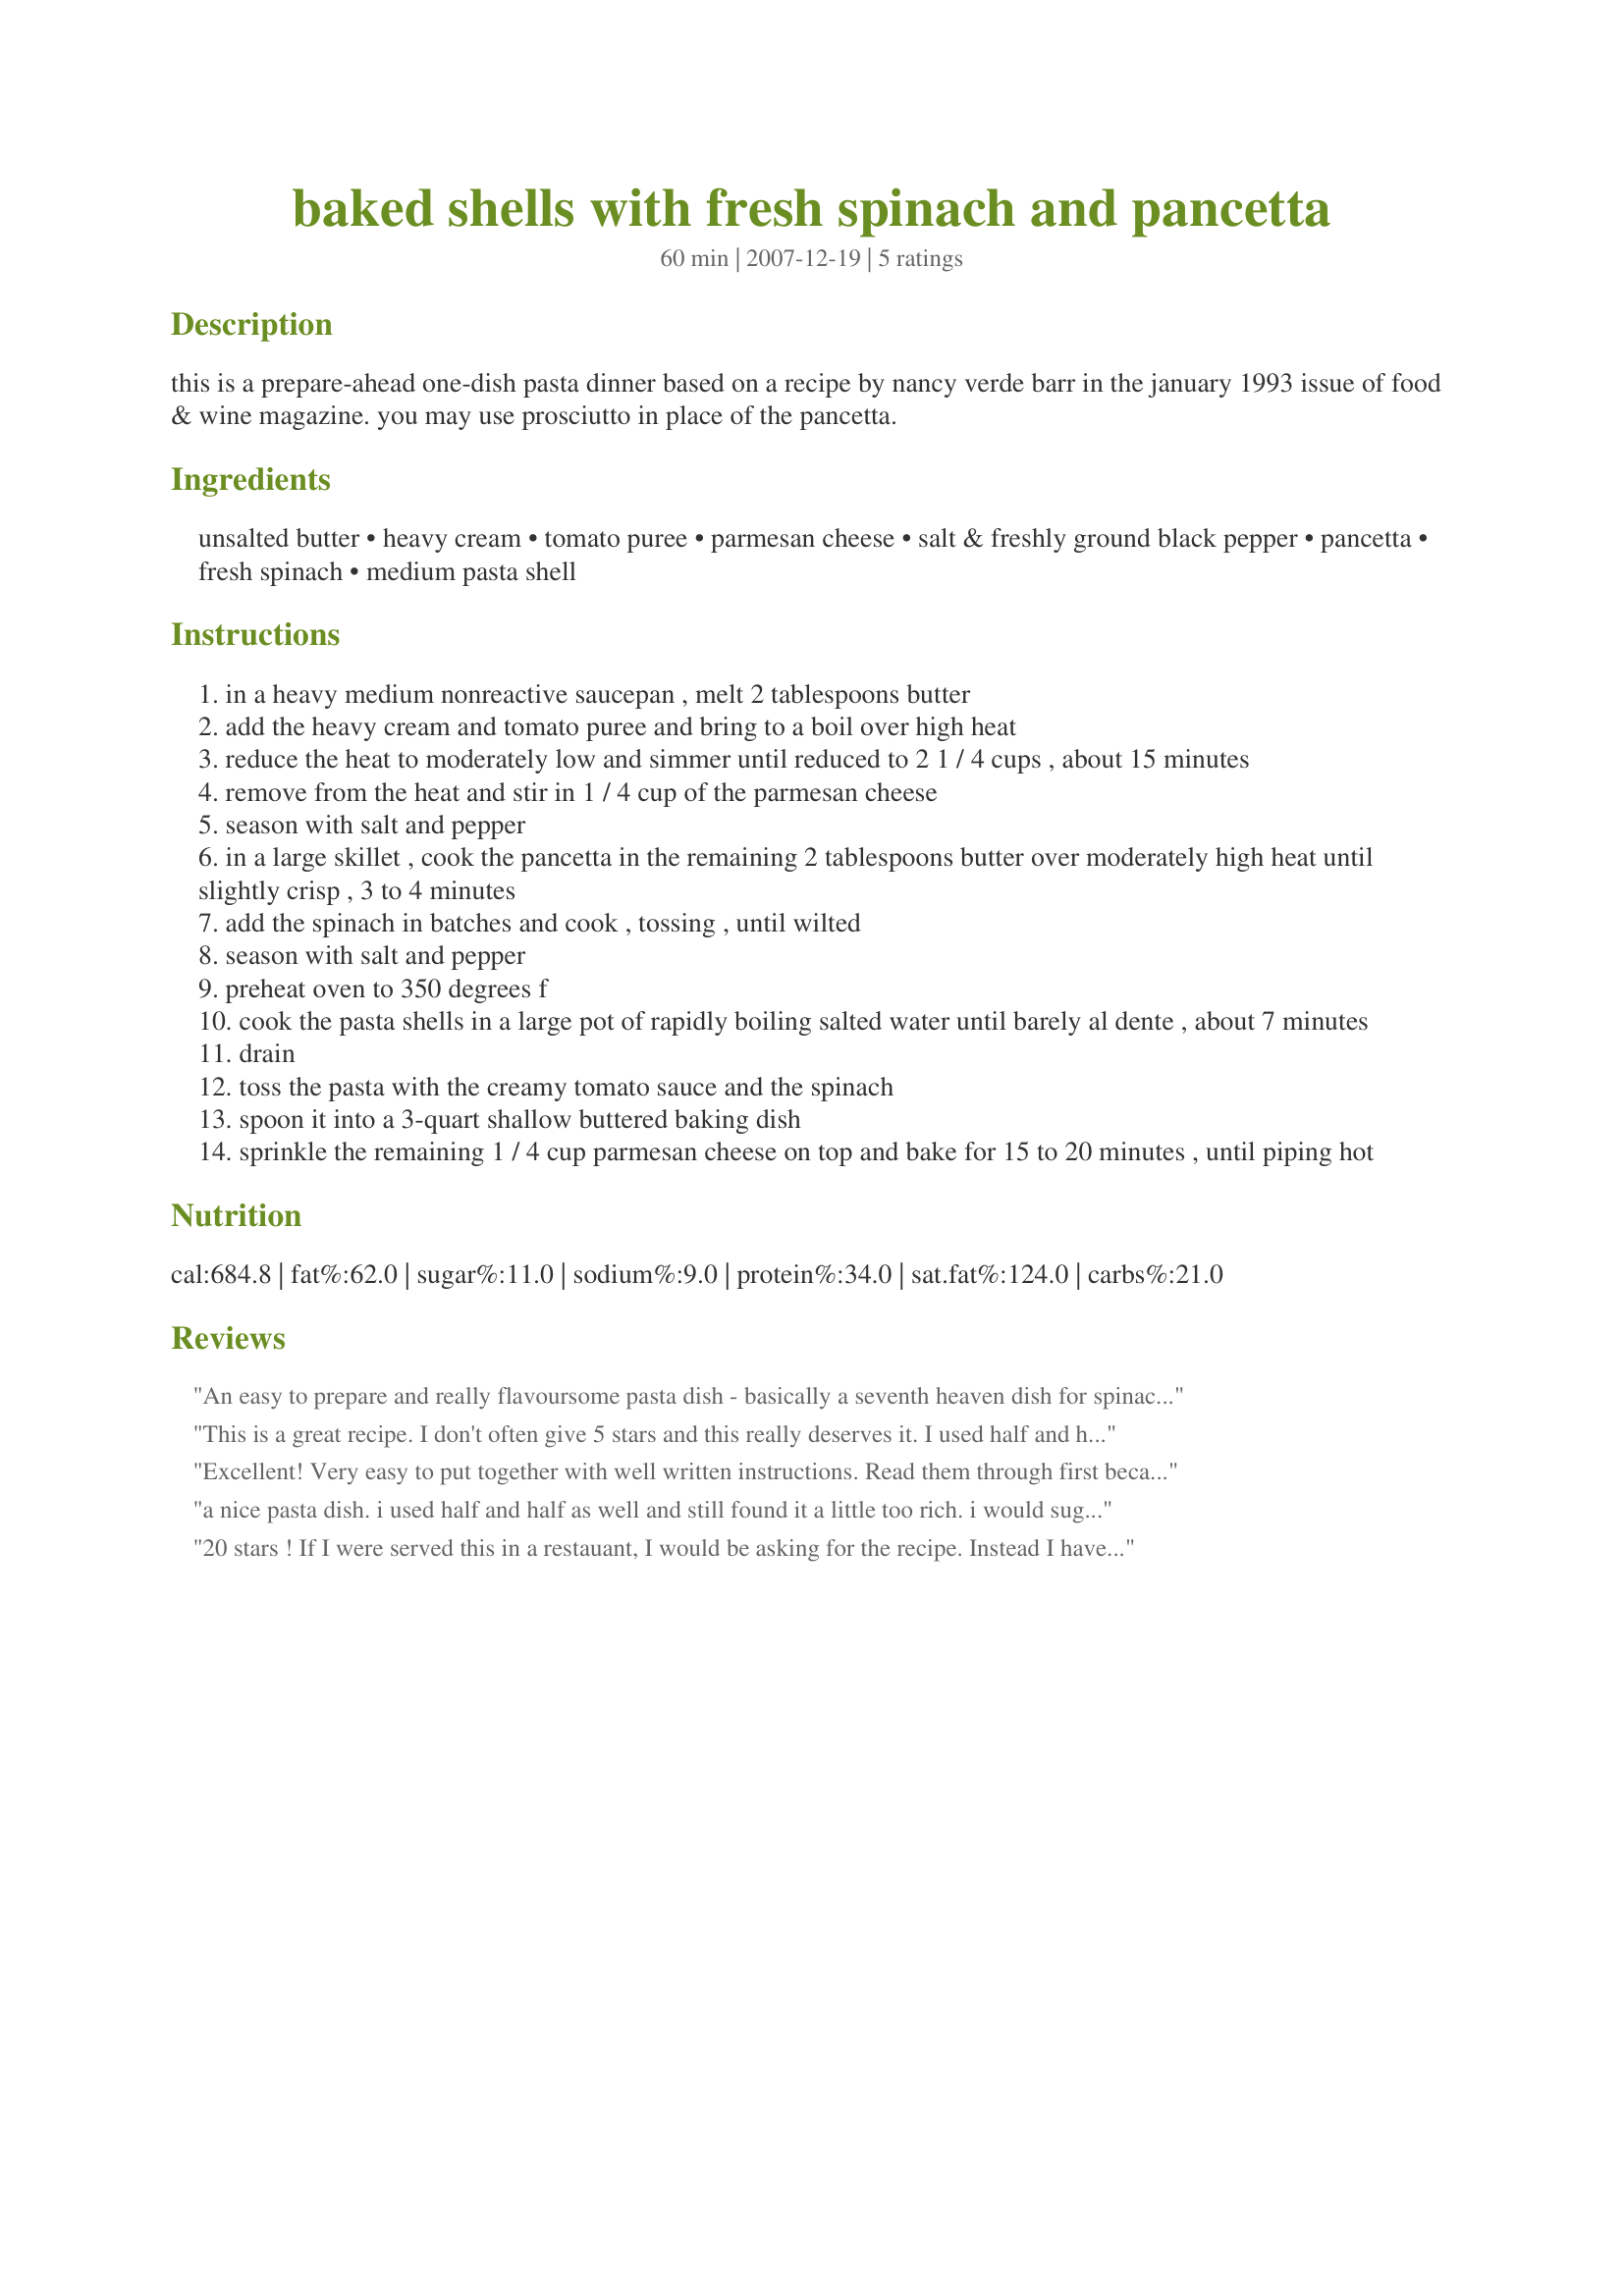
baked shells with fresh spinach and pancetta
Preparation time: 60 minutes

this is a prepare-ahead one-dish pasta dinner based on a recipe by nancy verde barr in the january 1993 issue of food & wine magazine. you may use prosciutto in place of the pancetta.

Ingredients:
unsalted butter, heavy cream, tomato puree, parmesan cheese, salt & freshly ground black pepper, pancetta, fresh spinach, medium pasta shell

Steps:
in a heavy medium nonreactive saucepan , melt 2 tablespoons butter
add the heavy cream and tomato puree and bring to a boil over high heat
reduce the heat to moderately low and simmer until reduced to 2 1 / 4 cups , about 15 minutes
remove from the heat and stir in 1 / 4 cup of the parmesan cheese
season with salt and pepper
in a large skillet , cook the pancetta in the remaining 2 tablespoons butter over moderately high heat until slightly crisp , 3 to 4 minutes
add the spinach in batches and cook , tossing , until wilted
season with salt and pepper
preheat oven to 350 degrees f
cook the pasta shells in a large pot of rapidly boiling salted water until barely al dente , about 7 minutes
drain
toss the pasta with the creamy tomato sauce and the spinach
spoon it into a 3-quart shallow buttered baking dish
sprinkle the remaining 1 / 4 cup parmesan cheese on top and bake for 15 to 20 minutes , until piping hot

Reviews:
An easy to prepare and really flavoursome pasta dish - basically a seventh heaven dish for spinach lovers! While cooking the pancetta in step two, I (3 cloves), some finely minced added some finely minced garlic onion (one onion), a generous pinch of nutmeg and several grindings of black pepper. I used a low-fat cream which I've always found makes no appreciable difference to the dish, regular parmesan, and rather more than the specified amount of spinach. I used baby spinach leaves, chopped, stems and all. The stems are very soft and I've never understood removing them. mersaydees, this recipe is going to become SO well known at my place, and among my friends and family that by rights we should be declaring a toast in your honour each and every time we eat it! Thanks so much for sharing it! Made for Please Review My Recipe tag game.
This is a great recipe. I don't often give 5 stars and this really deserves it. I used half and half instead of heavy cream and I did use pancetta. This goes in my make often file. Thanks mersaydees, I made this for the Every Day is a Holiday Game.
Excellent! Very easy to put together with well written instructions. Read them through first because you will probably want to get your oven going and the pasta boiling before you start. I halved the recipe and it was perfect. I used pancetta. Thanks a ton for posting this mersaydees!!!
a nice pasta dish. i used half and half as well and still found it a little too rich. i would suggest a little more tomate puree and perhaps a little addition of hot pepper flaks to round the recipe out a bit ...
20 stars ! If I were served this in a restauant, I would be asking for the recipe. Instead I have the recipe and a total winner of a recipe at the "restaurant" chez moi ! Dh is a pasta fanatic and rates pastsa dishes severely. He was delighted with this recipe. DO DO DO DO DO use pancetta / prosciutto and DON"T be tempted to substitute bacon becuase I am certain that the end result would be too salty. I was surprised to be pan frying the prosciutto because I associate it with being eaten raw, but what a surprise, it was georgous !!!! Please see my rating system: 5 excellent stars for a recipe that will have you wanting thirds... and is better than many pastas that restaurants serve. I definiate favourite in our household from now on. Thanks!
